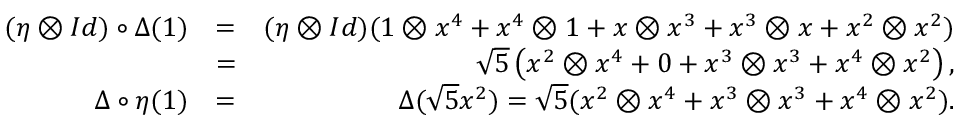
\begin{array} { r l r } { ( \eta \otimes I d ) \circ \Delta ( 1 ) } & { = } & { ( \eta \otimes I d ) ( 1 \otimes x ^ { 4 } + x ^ { 4 } \otimes 1 + x \otimes x ^ { 3 } + x ^ { 3 } \otimes x + x ^ { 2 } \otimes x ^ { 2 } ) } \\ & { = } & { \sqrt { 5 } \left( x ^ { 2 } \otimes x ^ { 4 } + 0 + x ^ { 3 } \otimes x ^ { 3 } + x ^ { 4 } \otimes x ^ { 2 } \right) , } \\ { \Delta \circ \eta ( 1 ) } & { = } & { \Delta ( \sqrt { 5 } x ^ { 2 } ) = \sqrt { 5 } ( x ^ { 2 } \otimes x ^ { 4 } + x ^ { 3 } \otimes x ^ { 3 } + x ^ { 4 } \otimes x ^ { 2 } ) . } \end{array}